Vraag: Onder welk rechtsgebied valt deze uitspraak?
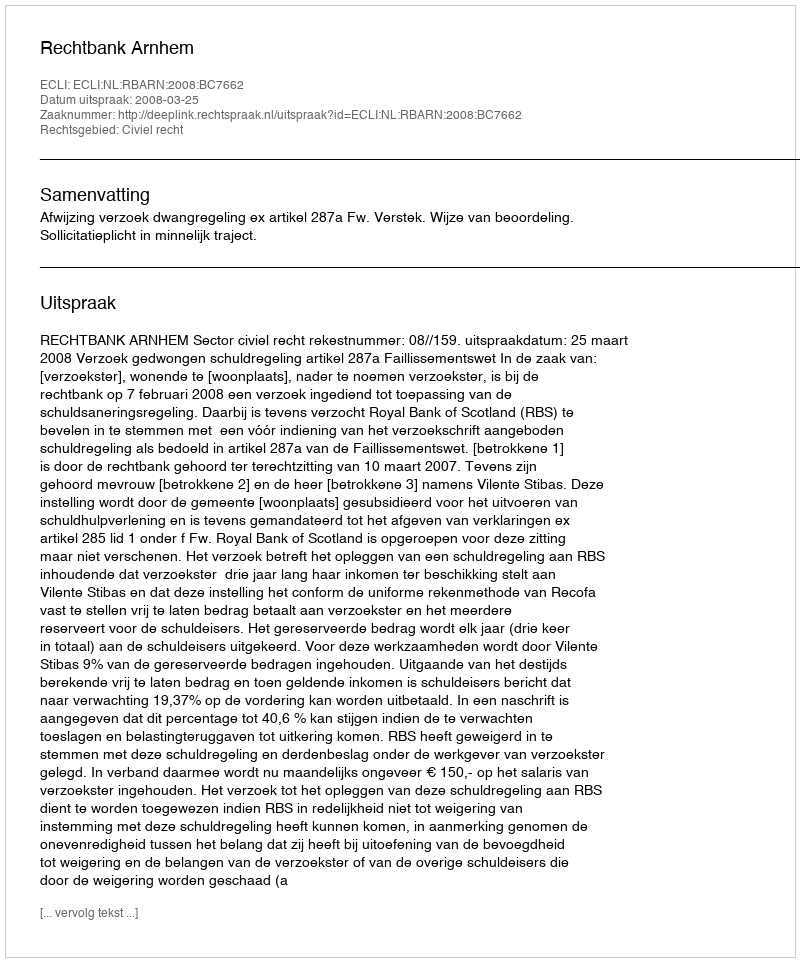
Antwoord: Civiel recht